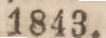
1843.